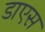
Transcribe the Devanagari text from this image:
डाएस